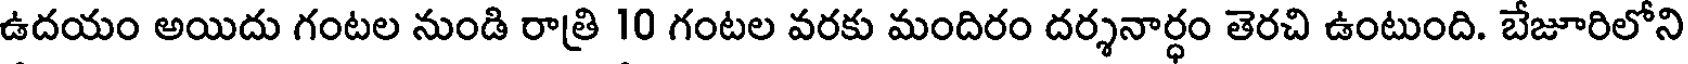
ఉదయం అయిదు గంటల నుండి రాత్రి 10 గంటల వరకు మందిరం దర్శనార్ధం తెరచి ఉంటుంది. బేజూరిలోని